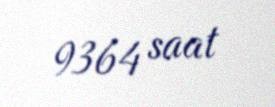
9364 saat